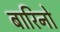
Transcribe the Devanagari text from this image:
बारिनो